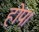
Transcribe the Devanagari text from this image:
होप।